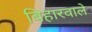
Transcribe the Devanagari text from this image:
बिहारवाले